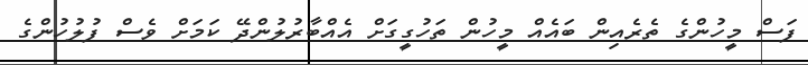
ފަސް މީހުންގެ ތެރެއިން ބައެއް މީހުން ތަހުގީގަށް އެއްބާރުލުންދޭ ކަމަށް ވެސް ފުލުހުންގެ